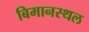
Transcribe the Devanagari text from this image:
बिमानस्थल